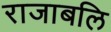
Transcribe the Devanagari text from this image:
राजाबलि